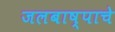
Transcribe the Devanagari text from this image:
जलबाष्पाचे